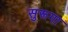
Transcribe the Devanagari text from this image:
सुरूगा